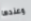
وعندها